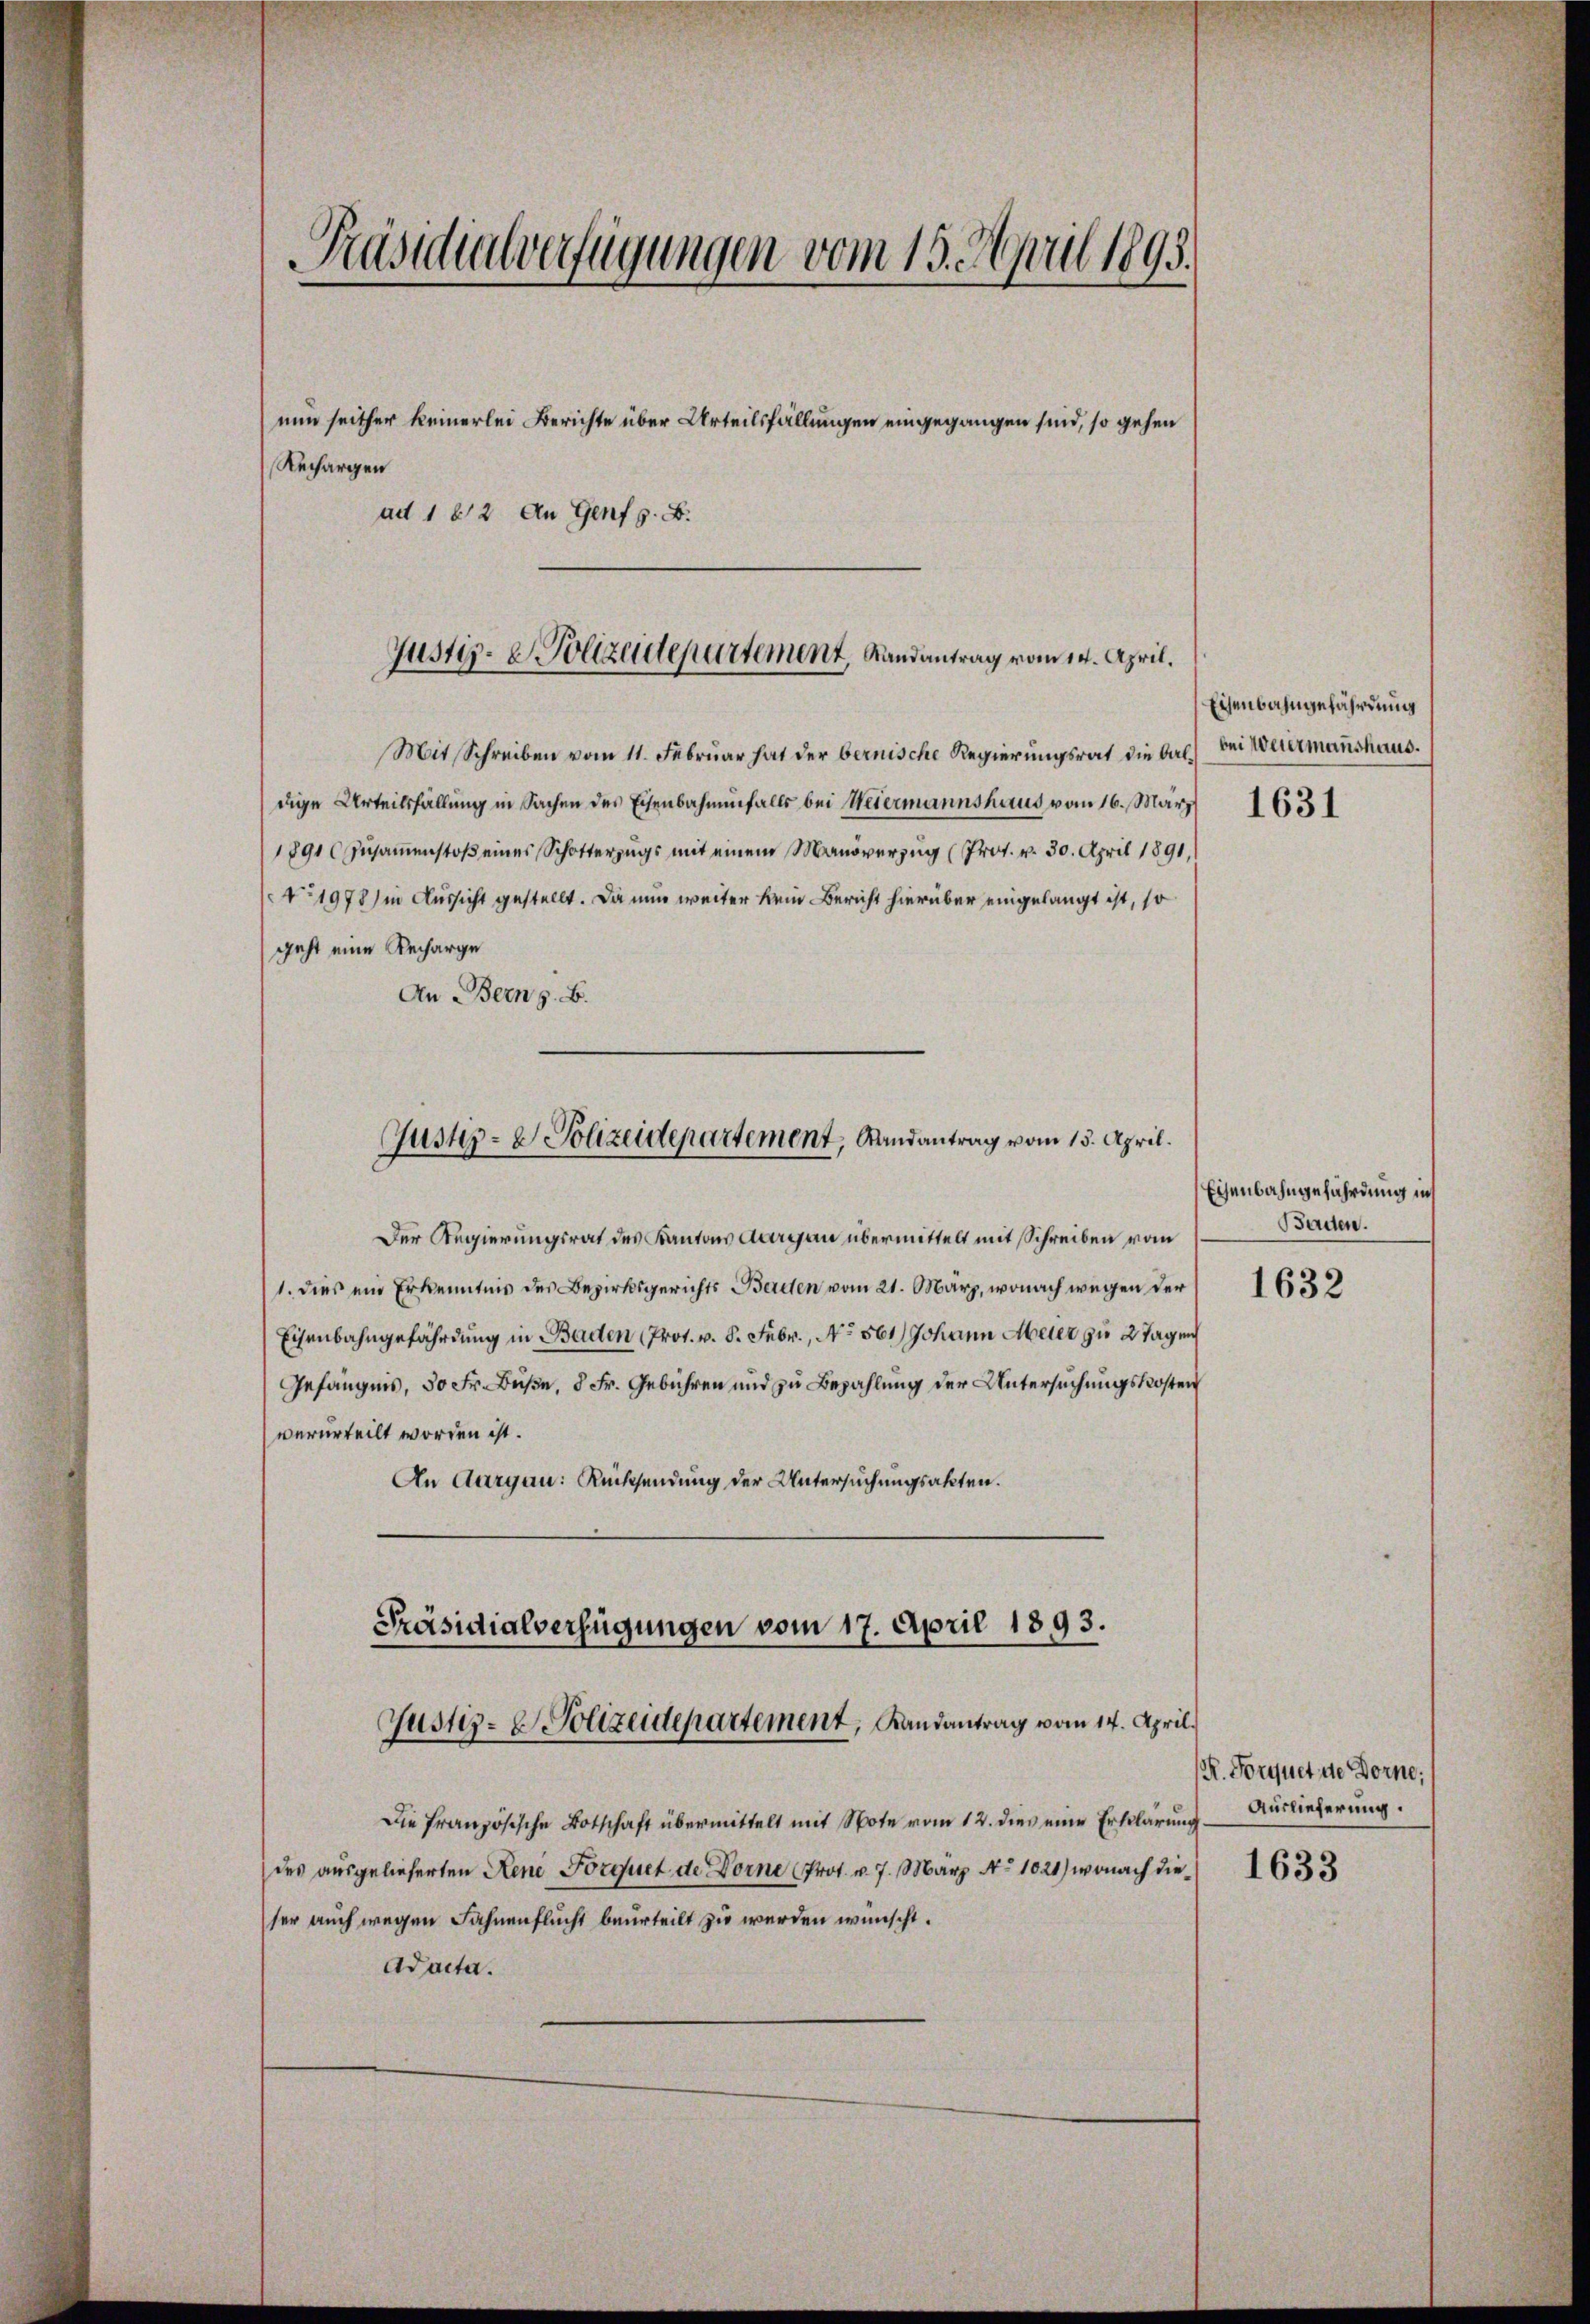
Präsidialverfügungen vom 19. April 1895.

nun seither keinerlei Berichte über Urteilsfällungen eingegangen sind, so gehen
Rechargen
ad 162 An Genf z. B.

Justiz- & Polizeidepartement, Landantrag vom 14. April.

Mit Schreiben vom 11. Februar hat der bernische Regierungsrat die baldige Urteilsfällung in Sachen des Eisenbahnenfalls bei Weiermannshaus vom 16. März 1631
1891 zusammenstoß eines Schotterzugs mit einem Manöverzug (Prot. v. 30. April 1891.
No 1978) in Aussicht gestellt. Da nun weiter kein Bericht hierüber eingelangt ist, so
geht eine Recharge
An Bern z. B.
Der Regierungsrat des Kantons Aargau übermittelt mit Schreiben vom
1. dies ein Erkenntnis des Bezirksgerichts Berden vom 21. März, wonach wegen der
Eisenbahngefährdung in Baden (Prot. v. 8. Febr., No 561) Johann Meier zu 2 Tagen
Gefängnis, 50 Fr. Buße, 5 Fr. Gebühren und zu Bezahlung der Untersuchungskosten
verurteilt worden ist.
An Aargau: Rücksendung der Untersuchungsakten.
Präsidialverfügungen vom 17. April 1893.
Justiz- & Polizeidepartement, Landantrag vom 14. April.
Die französische Botschaft übermittelt mit Note vom 12. dies eine Erklärung
des ausgelieferten Rene Forquet de Dorne Prot. v. 7. März No 1021) wonach dieser auch wegen Fahnenflucht beurteilt zu werden wünscht.
Adacta.

Justiz- & Polizeidepartement, Randantrag vom 15. April.

Eisenbahngefährdung
bei Weiermanshaus.

Eisenbahngefährdung in
Borden.

1632

R. Forquet de Dorne;
Auslieferung.

1633